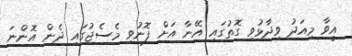
އީވާ މިއަދު ވިދާޅުވި ގޮތުގައި އޭނާ އަށް ފޮނުވި މެސެޖުގައި ދެން އޮންނަ